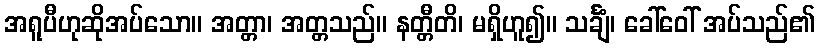
အရူပီဟုဆိုအပ်သော။ အတ္တာ၊ အတ္တသည်။ နတ္တီတိ၊ မရှိဟူ၍။ သင်္ချံ၊ ခေါ်ဝေါ် အပ်သည်၏